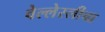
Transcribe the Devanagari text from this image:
वेल्लेस्लीचा